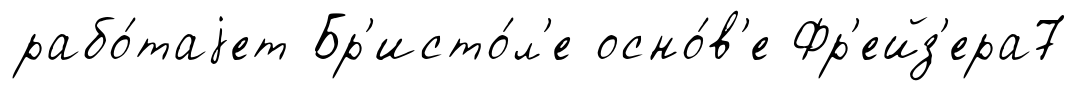
рабо́таjет Бр'исто́л'е осно́в'е Фр'ейз'ера7